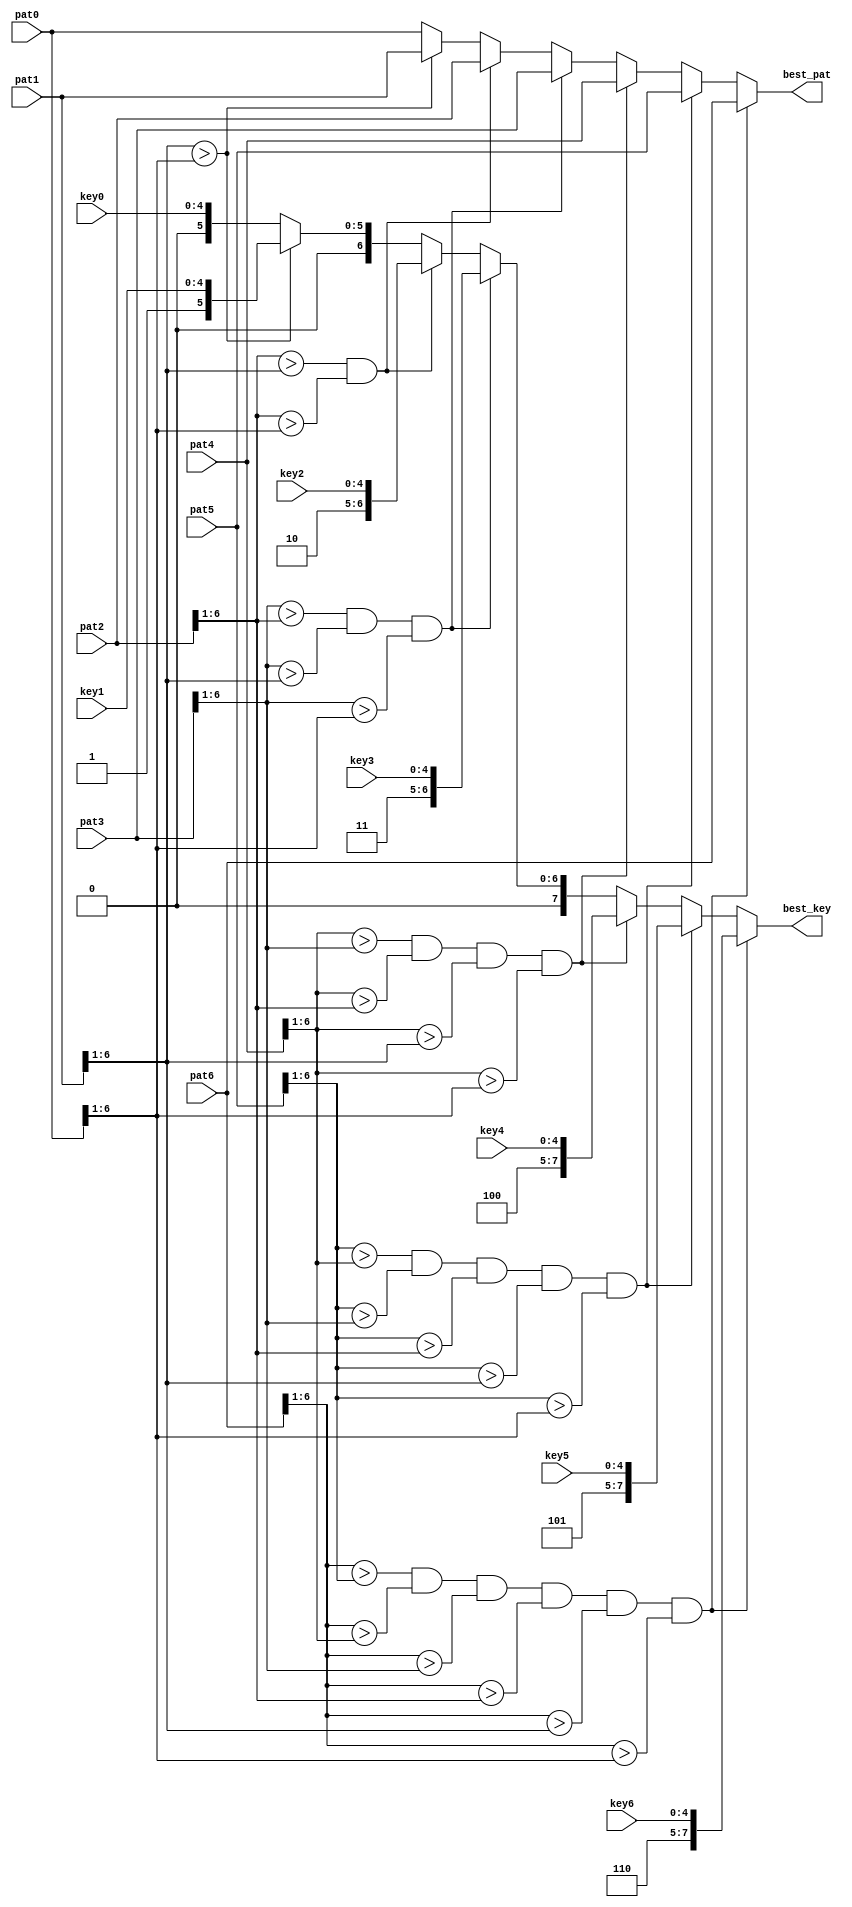
`timescale 1ns / 1ps
//-------------------------------------------------------------------------------------------------------------------
// Finds best 1 of 7 1/2-strip patterns comparing all patterns simultaneously
//
//  11/08/2006  Initial
//  12/13/2006  Non-busy version
//  12/20/2006  Replace envelope hits with pattern ids
//  12/22/2006  Sort based on 6-bit patterns instead of just number of hits
//  01/10/2007  Increase pattern bits to 3 hits + 4 bends
//  02/01/2007  Revert from sorting on patterns to sorting on hits
//  02/20/2007  Go back to sorting on pattern numbers
//  05/08/2007   Change pattern numbers 1-9 to 0-8 so lsb now implies bend direction, ignore lsb during sort
//  08/11/2010  Port to ISE 12
//  02/19/2013  Expand from 1of5 to 1of7
//-------------------------------------------------------------------------------------------------------------------
  module best_1of7
  (
  pat0, pat1, pat2, pat3, pat4, pat5, pat6,
  key0, key1, key2, key3, key4, key5, key6,
  best_pat,
  best_key
  );

// Constants
  parameter MXPIDB    =  4;        // Pattern ID bits
  parameter MXHITB    =  3;        // Hits on pattern bits
  parameter MXPATB    =  3+4;      // Pattern bits
  parameter MXKEYB    =  5;        // Number of 1/2-strip key bits on 1 CFEB
  parameter MXKEYBX    =  8;        // Number of 1/2-strip key bits on 7 CFEBs

// Ports  
  input  [MXPATB-1:0]  pat0, pat1, pat2, pat3, pat4, pat5, pat6;
  input  [MXKEYB-1:0]  key0, key1, key2, key3, key4, key5, key6;
  
  output  [MXPATB-1:0]  best_pat;
  output  [MXKEYBX-1:0]  best_key;
  
// Stage 3: Best 1 of 7
  reg  [MXPATB-1:0]  best_pat;
  reg  [MXKEYBX-1:0] best_key;

  always @* begin
  if      ((pat6[6:1] > pat5[6:1]) &&
      (pat6[6:1] > pat4[6:1]) &&
      (pat6[6:1] > pat3[6:1]) &&
      (pat6[6:1] > pat2[6:1]) &&
      (pat6[6:1] > pat1[6:1]) &&
      (pat6[6:1] > pat0[6:1]))
      begin
      best_pat  = pat6;
      best_key  = {3'd6,key6};
      end

  else if((pat5[6:1] > pat4[6:1]) &&
      (pat5[6:1] > pat3[6:1]) &&
      (pat5[6:1] > pat2[6:1]) &&
      (pat5[6:1] > pat1[6:1]) &&
      (pat5[6:1] > pat0[6:1]))
      begin
      best_pat  = pat5;
      best_key  = {3'd5,key5};
      end

  else if((pat4[6:1] > pat3[6:1]) &&
      (pat4[6:1] > pat2[6:1]) &&
      (pat4[6:1] > pat1[6:1]) &&
      (pat4[6:1] > pat0[6:1]))
      begin
      best_pat  = pat4;
      best_key  = {3'd4,key4};
      end

  else if((pat3[6:1] > pat2[6:1]) &&
      (pat3[6:1] > pat1[6:1]) &&
      (pat3[6:1] > pat0[6:1]))
      begin
      best_pat  = pat3;
      best_key  = {3'd3,key3};
      end

  else if((pat2[6:1] > pat1[6:1]) &&
      (pat2[6:1] > pat0[6:1]))
      begin
      best_pat  = pat2;
      best_key  = {3'd2,key2};
      end

  else if(pat1[6:1] > pat0[6:1])
      begin
      best_pat  = pat1;
      best_key  = {3'd1,key1};
      end

  else
      begin
      best_pat  = pat0;
      best_key  = {3'd0,key0};
      end
  end

//-------------------------------------------------------------------------------------------------------------------
  endmodule
//-------------------------------------------------------------------------------------------------------------------